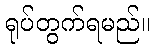
ရုပ်တွက်ရမည်။